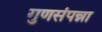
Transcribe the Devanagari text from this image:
गुणसंपन्ना